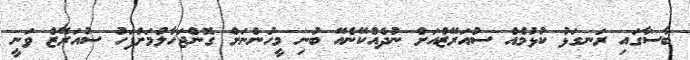
ބާސާގައި ރަނގަޅު ކުޅުމެއް ސުއަރޭޒްއަށް ނުދެއްކޭނެއޭ ބުނި މީހުންނަށް ގޮންޖަހާލުމަށްފަހު ސުއަރޭޒް ވަނީ